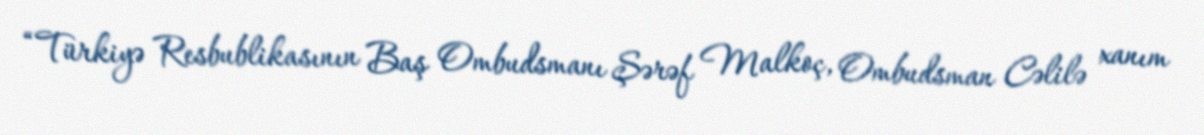
“Türkiyə Resbublikasının Baş Ombudsmanı Şərəf Malkoç, Ombudsman Cəlilə xanım